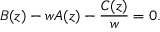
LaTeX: B ( z ) - w A ( z ) - \frac { C ( z ) } { w } = 0 .